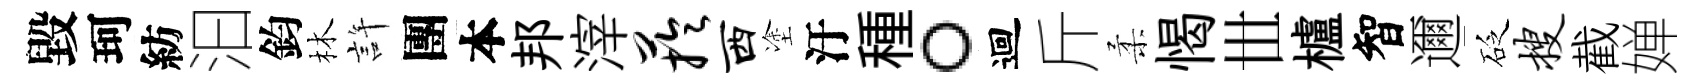
毀珂紡汩鈞林許團本邦滓芋西塗汙種。迴斤柔愒𠀍櫨智邇砭搜截婵